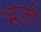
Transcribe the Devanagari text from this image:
भर्जा